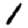
Digit: 1